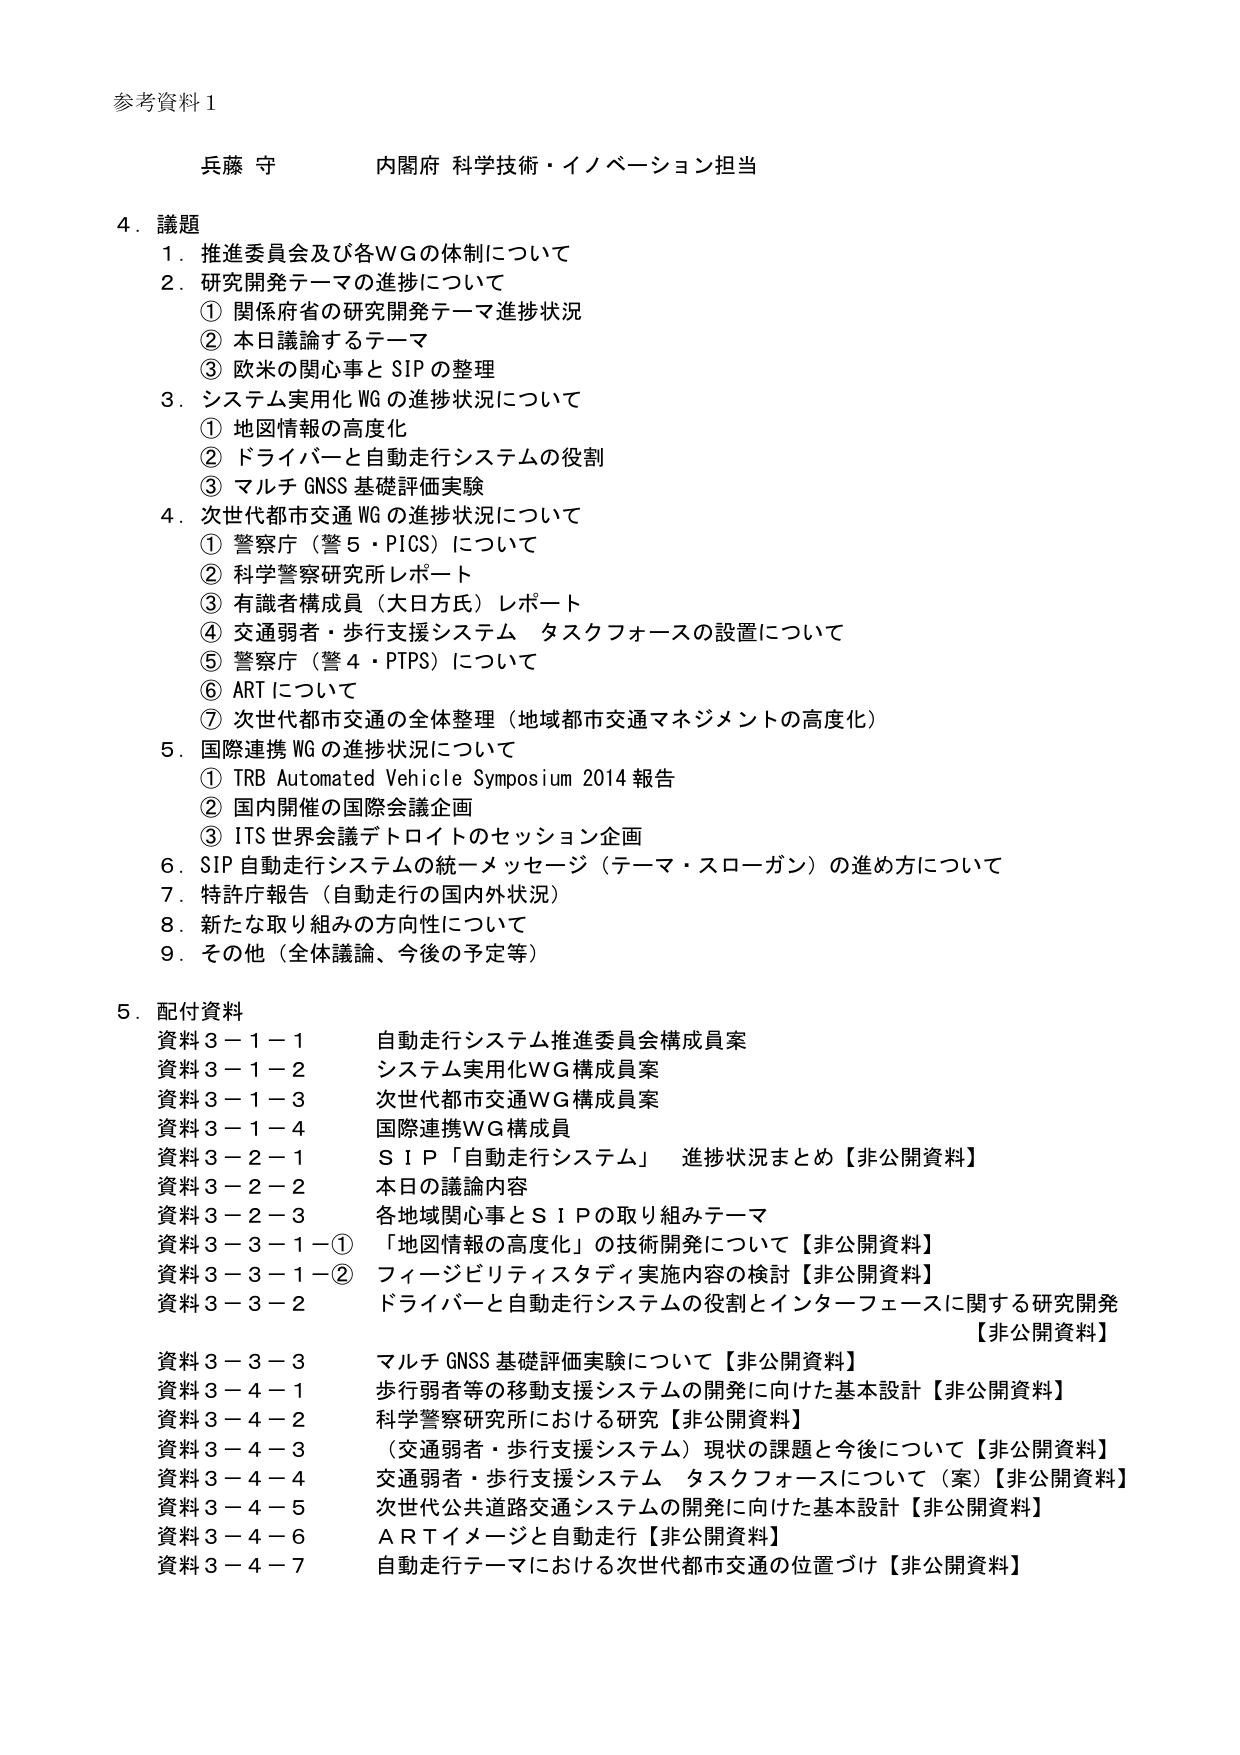
参考資料１

兵藤 守 内閣府 科学技術・イノベーション担当

４．議題
１．推進委員会及び各ＷＧの体制について
２．研究開発テーマの進捗について
　① 関係府省の研究開発テーマ進捗状況
　② 本日議論するテーマ
　③ 欧米の関心事とＳＩＰの整理
３．システム実用化ＷＧの進捗状況について
　① 地図情報の高度化
　② ドライバーと自動走行システムの役割
　③ マルチＧＮＳＳ基礎評価実験
４．次世代都市交通ＷＧの進捗状況について
　① 警察庁（警５・ＰＩＣＳ）について
　② 科学警察研究所レポート
　③ 有識者構成員（大日方氏）レポート
　④ 交通弱者・歩行支援システム タスクフォースの設置について
　⑤ 警察庁（警４・ＰＴＰＳ）について
　⑥ ＡＲＴについて
　⑦ 次世代都市交通の全体整理（地域都市交通マネジメントの高度化）
５．国際連携ＷＧの進捗状況について
　① ＴＲＢ Ａｕｔｏｍａｔｅｄ Ｖｅｈｉｃｌｅ Ｓｙｍｐｏｓｉｕｍ ２０１４報告
　② 国内開催の国際会議企画
　③ ＩＴＳ世界会議デトロイトのセッション企画
６．ＳＩＰ自動走行システムの統一メッセージ（テーマ・スローガン）の進め方について
７．特許庁報告（自動走行の国内外状況）
８．新たな取り組みの方向性について
９．その他（全体議論、今後の予定等）

５．配付資料
資料３－１－１ 自動走行システム推進委員会構成員案
資料３－１－２ システム実用化ＷＧ構成員案
資料３－１－３ 次世代都市交通ＷＧ構成員案
資料３－１－４ 国際連携ＷＧ構成員
資料３－２－１ ＳＩＰ「自動走行システム」 進捗状況まとめ【非公開資料】
資料３－２－２ 本日の議論内容
資料３－２－３ 各地域関心事とＳＩＰの取り組みテーマ
資料３－３－１－① 「地図情報の高度化」の技術開発について【非公開資料】
資料３－３－１－② フィージビリティスタディ実施内容の検討【非公開資料】
資料３－３－２ ドライバーと自動走行システムの役割とインターフェースに関する研究開発【非公開資料】
資料３－３－３ マルチＧＮＳＳ基礎評価実験について【非公開資料】
資料３－４－１ 歩行弱者等の移動支援システムの開発に向けた基本設計【非公開資料】
資料３－４－２ 科学警察研究所における研究【非公開資料】
資料３－４－３ （交通弱者・歩行支援システム）現状の課題と今後について【非公開資料】
資料３－４－４ 交通弱者・歩行支援システム タスクフォースについて（案）【非公開資料】
資料３－４－５ 次世代公共道路交通システムの開発に向けた基本設計【非公開資料】
資料３－４－６ ＡＲＴイメージと自動走行【非公開資料】
資料３－４－７ 自動走行テーマにおける次世代都市交通の位置づけ【非公開資料】